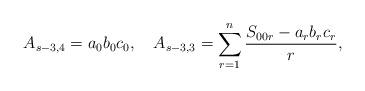
LaTeX: \begin{align*}A_{s-3,4} = a_{0}b_{0}c_{0}, \ \ \ A_{s-3,3} = \sum_{r=1}^{n}\frac{S_{00r}- a_{r}b_{r}c_{r}}{r}, \end{align*}